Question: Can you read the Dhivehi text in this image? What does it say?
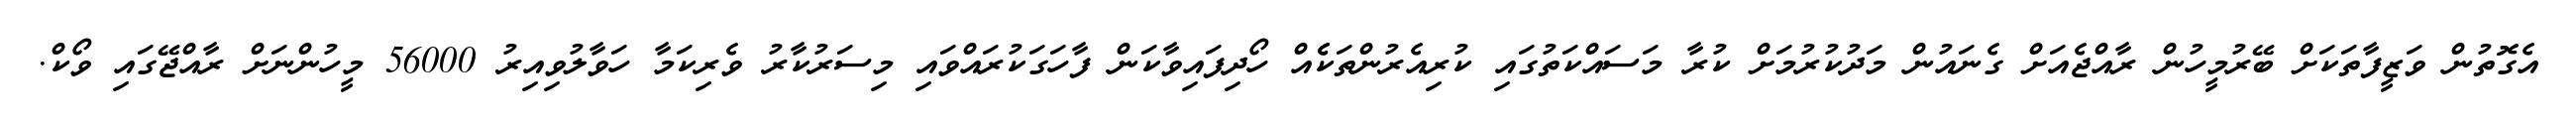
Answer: އެގޮތުން ވަޒީފާތަކަށް ބޭރުމީހުން ރާއްޖެއަށް ގެނައުން މަދުކުރުމަށް ކުރާ މަސައްކަތުގައި ކުރިއެރުންތަކެެއް ހޯދިފައިވާކަން ފާހަގަކުރައްވައި މިސަރުކާރު ވެރިކަމާ ހަވާލުވިއިރު 56000 މީހުންނަށް ރާއްޖޭގައި ވޯކް.